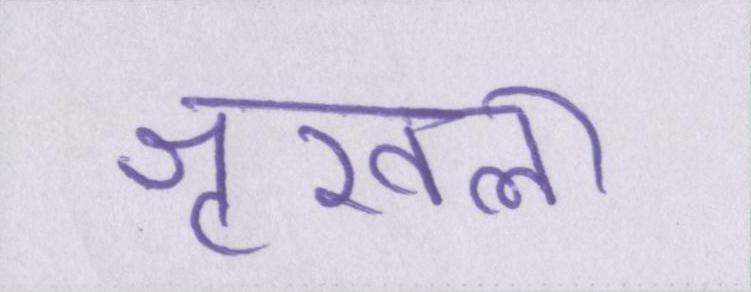
शृखला